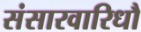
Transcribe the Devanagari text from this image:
संसारवारिधौ